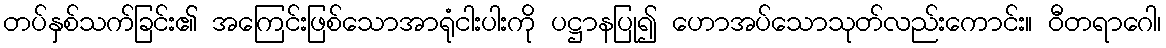
တပ်နှစ်သက်ခြင်း၏ အကြေင်းဖြစ်သောအာရုံငါးပါးကို ပဋ္ဌာနပြု၍ ဟောအပ်သောသုတ်လည်းကောင်း။ ဝီတရာဂေါ၊